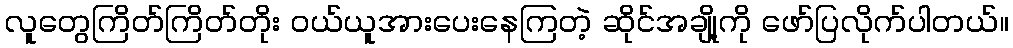
လူတွေကြိတ်ကြိတ်တိုး ဝယ်ယူအားပေးနေကြတဲ့ ဆိုင်အချို့ကို ဖော်ပြလိုက်ပါတယ်။